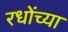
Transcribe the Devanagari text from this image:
रधोंच्या